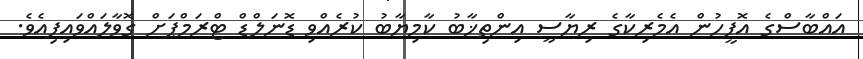
އައްބާސްގެ އޮފީހުން އެމެރިކާގެ ރިޔާސީ އިންތިޚާބު ކާމިޔާބު ކުރެއްވި ޑޮނަލްޑް ޓްރަމްޕަށް ގޮވާލައްވައިފިއެވެ.